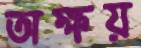
অক্ষয়